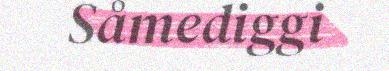
Såmediggi